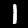
Label: 1